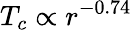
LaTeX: T_{c}\propto r^{-0.74}